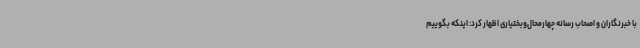
با خبرنگاران و اصحاب رسانه چهارمحال‌وبختیاری اظهار کرد: اینکه بگوییم